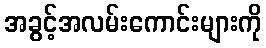
အခွင့်အလမ်းကောင်းများကို